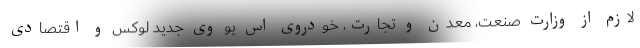
لازم از وزارت صنعت، معدن و تجارت، خودروی اس یو وی جدید لوکس و اقتصادی